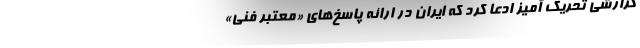
گزارشی تحریک آمیز ادعا کرد که ایران در ارائه پاسخ‌های «معتبر فنی»